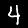
Label: 4